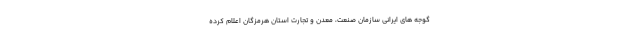
گوجه ‌های ایرانی سازمان صنعت، معدن و تجارت استان هرمزگان اعلام کرده